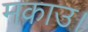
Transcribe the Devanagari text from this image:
मकाउ।